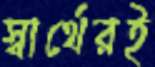
স্বার্থেরই